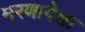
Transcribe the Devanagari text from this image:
मरणापेक्षा